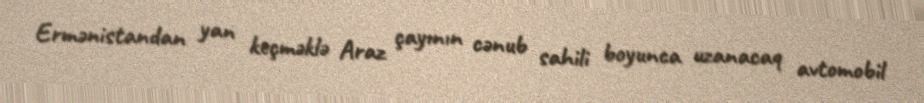
Ermənistandan yan keçməklə Araz çayının cənub sahili boyunca uzanacaq avtomobil